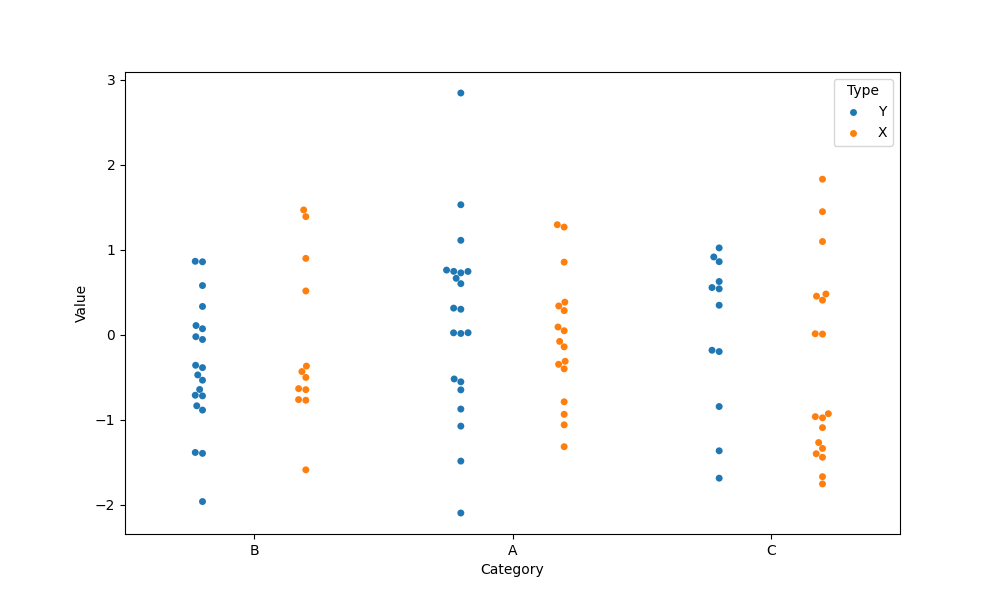
python, seaborn, swarmplot, dodge=True, alpha=1.0, size=5